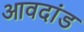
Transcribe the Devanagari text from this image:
आवदांड